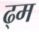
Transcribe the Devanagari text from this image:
ढ्म